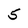
Character: 5